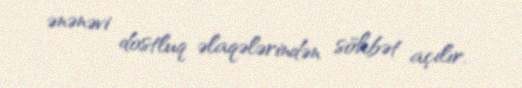
ənənəvi dostluq əlaqələrindən söhbət açılır.